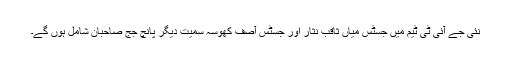
نئی جے آئی ٹی ٹیم میں جسٹس میاں ثاقب نثار اور جسٹس آصف کھوسہ سمیت دیگر پانچ جج صاحبان شامل ہوں گے۔